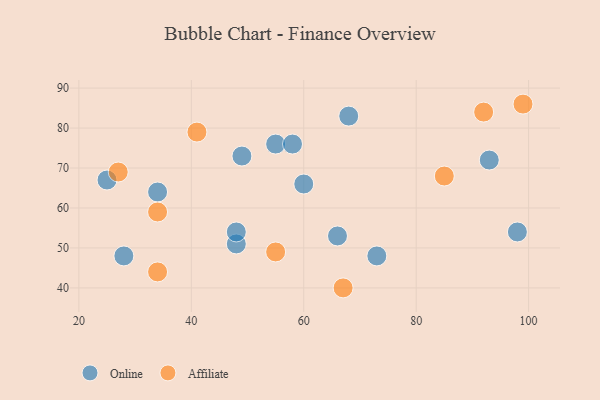
{"axis": {"x": "GDP", "y": "Life Expectancy"}, "legend": ["Affiliate", "Online"], "data": [{"x": "55", "y": 76, "type": "Online"}, {"x": "48", "y": 51, "type": "Online"}, {"x": "93", "y": 72, "type": "Online"}, {"x": "66", "y": 53, "type": "Online"}, {"x": "98", "y": 54, "type": "Online"}, {"x": "34", "y": 64, "type": "Online"}, {"x": "73", "y": 48, "type": "Online"}, {"x": "68", "y": 83, "type": "Online"}, {"x": "48", "y": 54, "type": "Online"}, {"x": "58", "y": 76, "type": "Online"}, {"x": "49", "y": 73, "type": "Online"}, {"x": "25", "y": 67, "type": "Online"}, {"x": "28", "y": 48, "type": "Online"}, {"x": "60", "y": 66, "type": "Online"}, {"x": "41", "y": 79, "type": "Affiliate"}, {"x": "55", "y": 49, "type": "Affiliate"}, {"x": "34", "y": 59, "type": "Affiliate"}, {"x": "92", "y": 84, "type": "Affiliate"}, {"x": "99", "y": 86, "type": "Affiliate"}, {"x": "67", "y": 40, "type": "Affiliate"}, {"x": "85", "y": 68, "type": "Affiliate"}, {"x": "34", "y": 44, "type": "Affiliate"}, {"x": "27", "y": 69, "type": "Affiliate"}]}